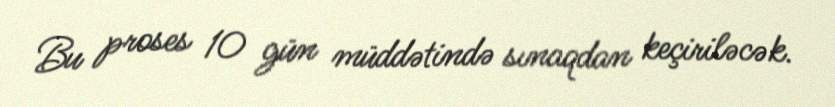
Bu proses 10 gün müddətində sınaqdan keçiriləcək.